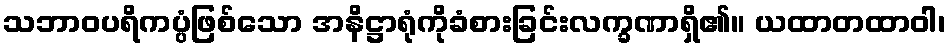
သဘာဝပရိကပ္ပံဖြစ်သော အနိဋ္ဌာရုံကိုခံစားခြင်းလက္ခဏာရှိ၏။ ယထာတထာဝါ၊